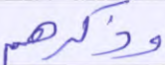
وذكرهم